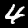
Label: 4